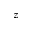
z